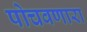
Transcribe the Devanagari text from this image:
पोचवणारा